Problem: 45 + 32 = ?
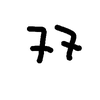
Handwritten answer: 77